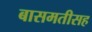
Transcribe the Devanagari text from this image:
बासमतीसह